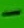
Text: -